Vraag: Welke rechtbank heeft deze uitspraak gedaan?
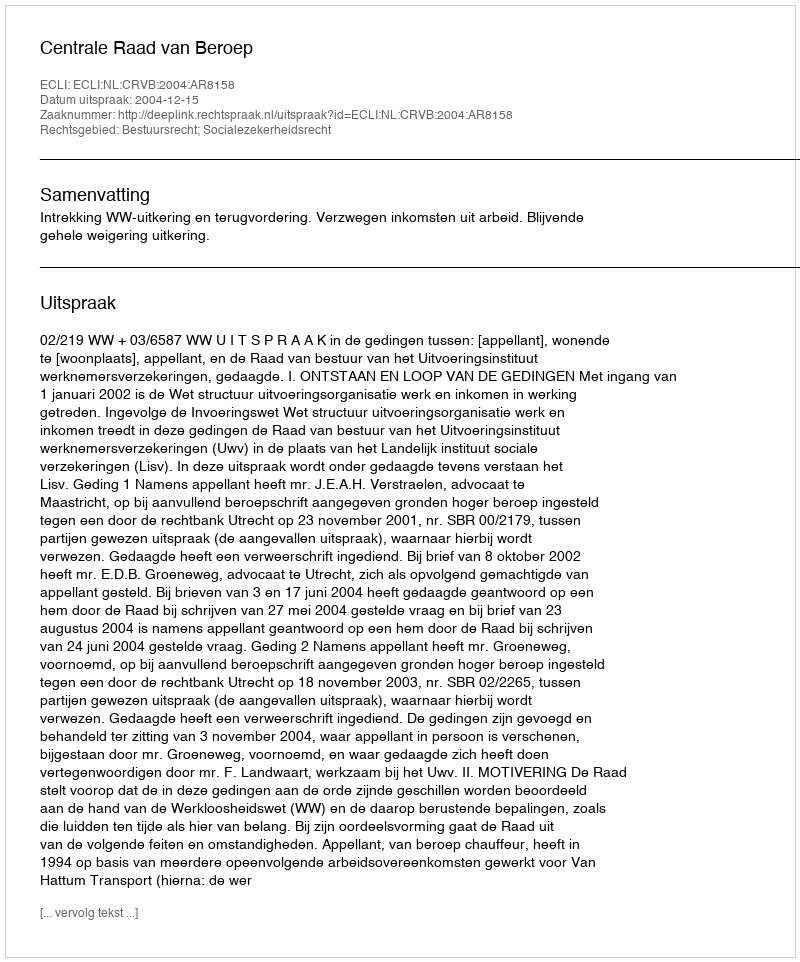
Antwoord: Centrale Raad van Beroep